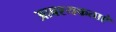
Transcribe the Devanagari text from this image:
आवश्यकताऐ